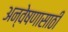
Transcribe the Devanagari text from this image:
अन्वेषणासाठी